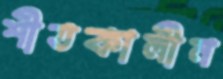
শীতকালীন